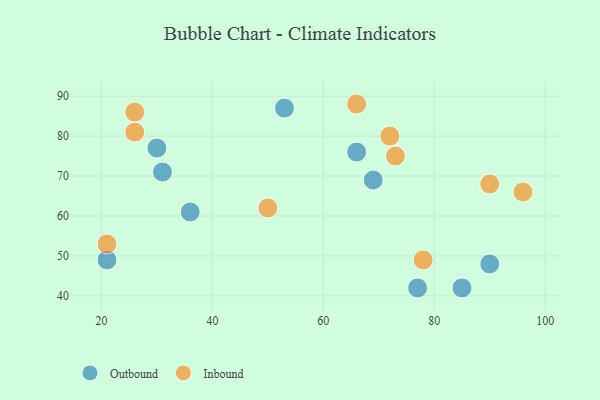
{"axis": {"x": "GDP", "y": "Life Expectancy"}, "legend": ["Inbound", "Outbound"], "data": [{"x": "90", "y": 48, "type": "Outbound"}, {"x": "85", "y": 42, "type": "Outbound"}, {"x": "31", "y": 71, "type": "Outbound"}, {"x": "66", "y": 76, "type": "Outbound"}, {"x": "69", "y": 69, "type": "Outbound"}, {"x": "77", "y": 42, "type": "Outbound"}, {"x": "53", "y": 87, "type": "Outbound"}, {"x": "36", "y": 61, "type": "Outbound"}, {"x": "21", "y": 49, "type": "Outbound"}, {"x": "30", "y": 77, "type": "Outbound"}, {"x": "66", "y": 88, "type": "Inbound"}, {"x": "72", "y": 80, "type": "Inbound"}, {"x": "78", "y": 49, "type": "Inbound"}, {"x": "50", "y": 62, "type": "Inbound"}, {"x": "26", "y": 81, "type": "Inbound"}, {"x": "90", "y": 68, "type": "Inbound"}, {"x": "73", "y": 75, "type": "Inbound"}, {"x": "21", "y": 53, "type": "Inbound"}, {"x": "26", "y": 86, "type": "Inbound"}, {"x": "96", "y": 66, "type": "Inbound"}]}